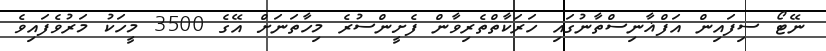
ނޭޓޯ ސިފައިން އަފްޣާނިސްތާނުގައި ހަރަކާތްތެރިވާން ފެށީންސުރެ މިހާތަނަށް އޭގެ 3500 މީހަކު މަރުވެފައިވެ